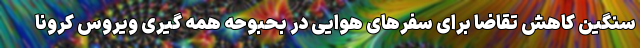
سنگین کاهش تقاضا برای سفرهای هوایی در بحبوحه همه گیری ویروس کرونا